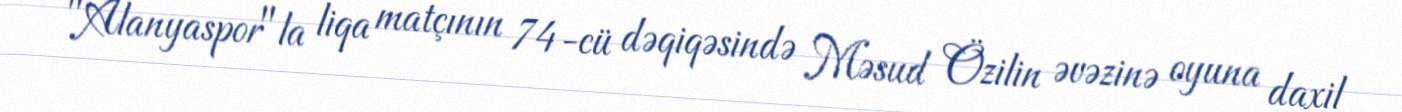
"Alanyaspor"la liqa matçının 74-cü dəqiqəsində Məsud Özilin əvəzinə oyuna daxil